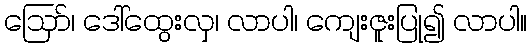
ဪ၊ ဒေါ်ထွေးလှ၊ လာပါ၊ ကျေးဇူးပြု၍ လာပါ။